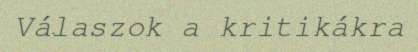
Válaszok a kritikákra